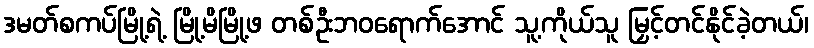
ဒမတ်စကပ်မြို့ရဲ့ မြို့မိမြို့ဖ တစ်ဦးဘဝရောက်အောင် သူ့ကိုယ်သူ မြှင့်တင်နိုင်ခဲ့တယ်၊